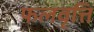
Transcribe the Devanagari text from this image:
फलवृत्ति